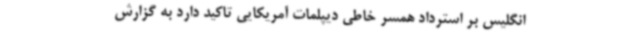
انگلیس بر استرداد همسر خاطی دیپلمات آمریکایی تاکید دارد به گزارش